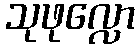
သုဖုလ္လော